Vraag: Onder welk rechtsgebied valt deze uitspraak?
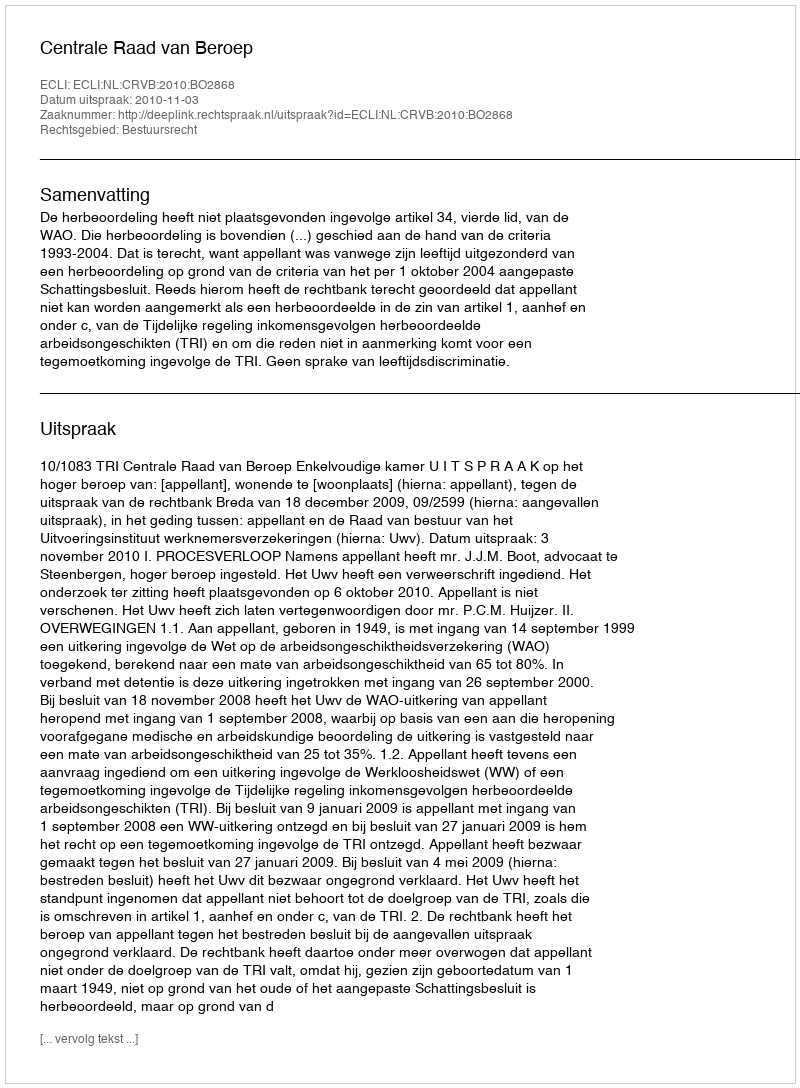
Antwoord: Bestuursrecht